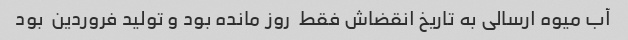
آب میوه ارسالی به تاریخ انقضاش فقط  روز مانده بود و تولید فروردین  بود